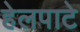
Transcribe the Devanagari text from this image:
हेलपाटे